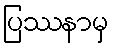
ပြဿနာမှ